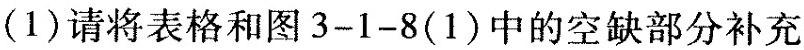
（ 1 ）请将表格和图 3-1-8（ 1 ）中的空缺部分补充